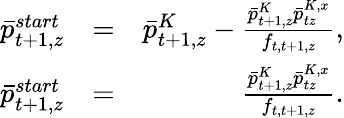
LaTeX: \begin{array}{rlr}{\bar{p}_{t+1,z}^{start}}&{=}&{\bar{p}_{t+1,z}^{K}-\frac{\bar{p}_{t+1,z}^{K}\bar{p}_{tz}^{K,x}}{f_{t,t+1,z}},}\\ {\bar{p}_{t+1,z}^{start}}&{=}&{\frac{\bar{p}_{t+1,z}^{K}\bar{p}_{tz}^{K,x}}{f_{t,t+1,z}}.}\end{array}